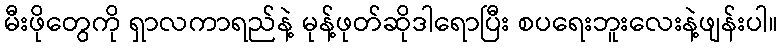
မီးဖိုတွေကို ရှာလကာရည်နဲ့ မုန့်ဖုတ်ဆိုဒါရောပြီး စပရေးဘူးလေးနဲ့ဖျန်းပါ။